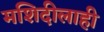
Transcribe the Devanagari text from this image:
मशिदीलाही